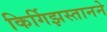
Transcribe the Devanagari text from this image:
किर्गिझस्तानने